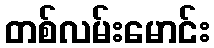
တစ်လမ်းမောင်း